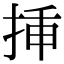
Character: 挿